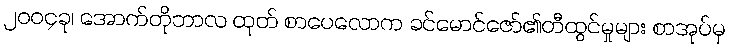
၂၀၀၄ခု၊ အောက်တိုဘာလ ထုတ် စာပေလောက ခင်မောင်ဇော်၏တီထွင်မှုများ စာအုပ်မှ